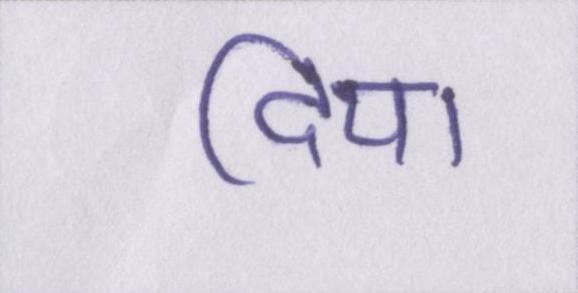
दिया